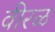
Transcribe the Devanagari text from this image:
वीरळ